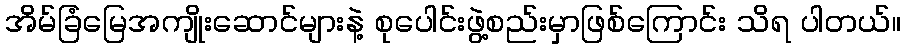
အိမ်ခြံမြေအကျိုးဆောင်များနဲ့ စုပေါင်းဖွဲ့စည်းမှာဖြစ်ကြောင်း သိရ ပါတယ်။